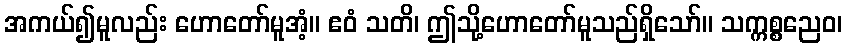
အကယ်၍မူလည်း ဟောတော်မူအံ့။ ဧဝံ သတိ၊ ဤသို့ဟောတော်မူသည်ရှိသော်။ သက္ကစ္စညေဝ၊